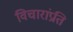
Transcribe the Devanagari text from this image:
विचारांप्रति